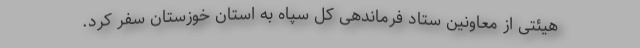
هیئتی از معاونین ستاد فرماندهی کل سپاه به استان خوزستان سفر کرد.